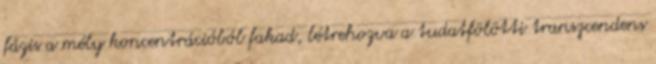
fázis a mély koncentrációból fakad, létrehozva a tudatfölötti transzcendens